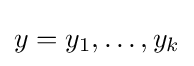
y=y_{1},\dots ,y_{k}